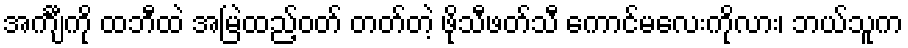
အင်္ကျီကို ထဘီထဲ အမြဲထည့်ဝတ် တတ်တဲ့ ဖိုသီဖတ်သီ ကောင်မလေးကိုလား၊ ဘယ်သူက